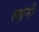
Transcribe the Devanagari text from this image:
लहनी